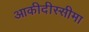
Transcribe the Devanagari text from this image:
आकीदीस्सीमा